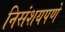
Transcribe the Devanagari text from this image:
निसंशयपणे